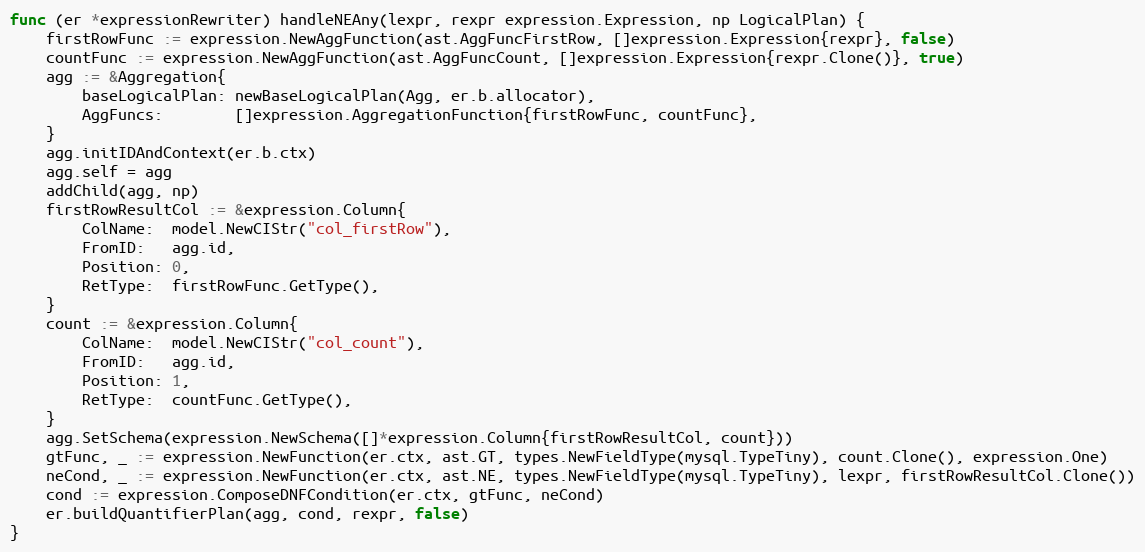
Language: Go
func (er *expressionRewriter) handleNEAny(lexpr, rexpr expression.Expression, np LogicalPlan) {
	firstRowFunc := expression.NewAggFunction(ast.AggFuncFirstRow, []expression.Expression{rexpr}, false)
	countFunc := expression.NewAggFunction(ast.AggFuncCount, []expression.Expression{rexpr.Clone()}, true)
	agg := &Aggregation{
		baseLogicalPlan: newBaseLogicalPlan(Agg, er.b.allocator),
		AggFuncs:        []expression.AggregationFunction{firstRowFunc, countFunc},
	}
	agg.initIDAndContext(er.b.ctx)
	agg.self = agg
	addChild(agg, np)
	firstRowResultCol := &expression.Column{
		ColName:  model.NewCIStr("col_firstRow"),
		FromID:   agg.id,
		Position: 0,
		RetType:  firstRowFunc.GetType(),
	}
	count := &expression.Column{
		ColName:  model.NewCIStr("col_count"),
		FromID:   agg.id,
		Position: 1,
		RetType:  countFunc.GetType(),
	}
	agg.SetSchema(expression.NewSchema([]*expression.Column{firstRowResultCol, count}))
	gtFunc, _ := expression.NewFunction(er.ctx, ast.GT, types.NewFieldType(mysql.TypeTiny), count.Clone(), expression.One)
	neCond, _ := expression.NewFunction(er.ctx, ast.NE, types.NewFieldType(mysql.TypeTiny), lexpr, firstRowResultCol.Clone())
	cond := expression.ComposeDNFCondition(er.ctx, gtFunc, neCond)
	er.buildQuantifierPlan(agg, cond, rexpr, false)
}